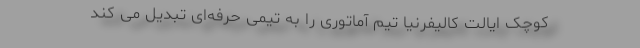
کوچک ايالت کاليفرنيا تيم آماتوری را به تيمی حرفه­‌ای تبديل می کند